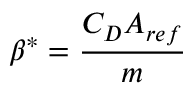
\beta ^ { * } = \frac { C _ { D } A _ { r e f } } { m }